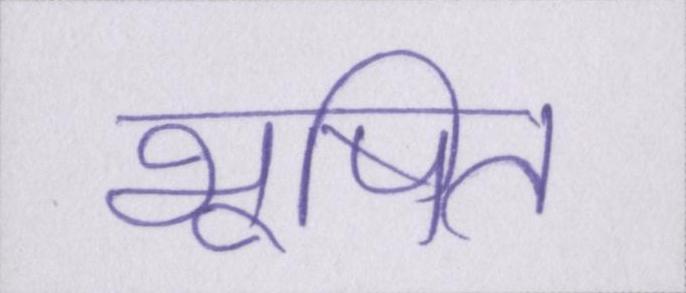
भूषित